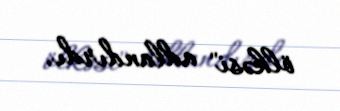
ölkəsi" adlandırdı.